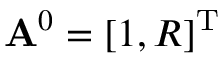
\mathbf { A } ^ { 0 } = \left[ 1 , R \right] ^ { \mathrm { T } }